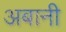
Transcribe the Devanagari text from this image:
अबानी